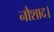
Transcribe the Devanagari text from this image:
नौशाद।